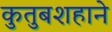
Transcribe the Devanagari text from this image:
कुतुबशहाने